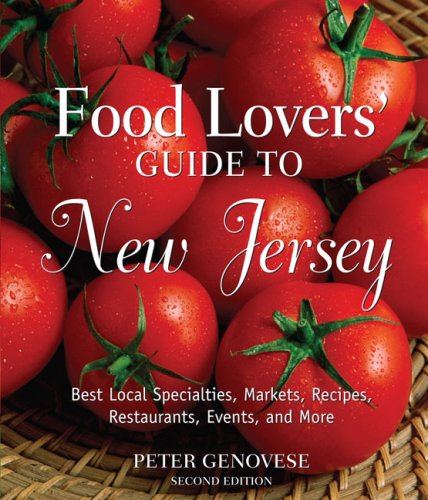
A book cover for Food Lovers' Guide to New Jersey, Second Ed.; Peter Genovese; Travel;